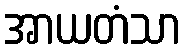
အာယတံသာ